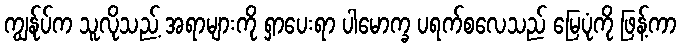
ကျွန်ုပ်က သူလိုသည့် အရာများကို ရှာပေးရာ ပါမောက္ခ ပရက်စလေသည် မြေပုံကို ဖြန့်ကာ